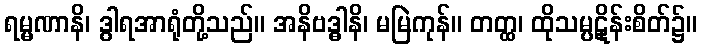
ရမ္မဏာနိ၊ ဒွါရအာရုံတို့သည်။ အနိဗဒ္ဓါနိ၊ မမြဲကုန်။ တတ္ထ၊ ထိုသမ္ပဋိုန်းစိတ်၌။